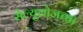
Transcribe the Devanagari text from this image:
सेल्युलोजच्या